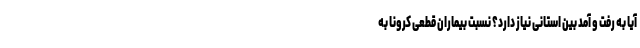
آیا به رفت و آمد بین استانی نیاز دارد؟ نسبت بیماران قطعی کرونا به